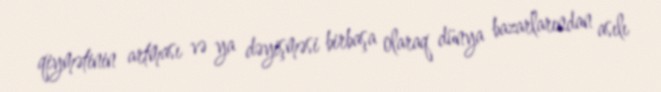
qiymətinin artması və ya dəyişməsi birbaşa olaraq dünya bazarlarından asılı